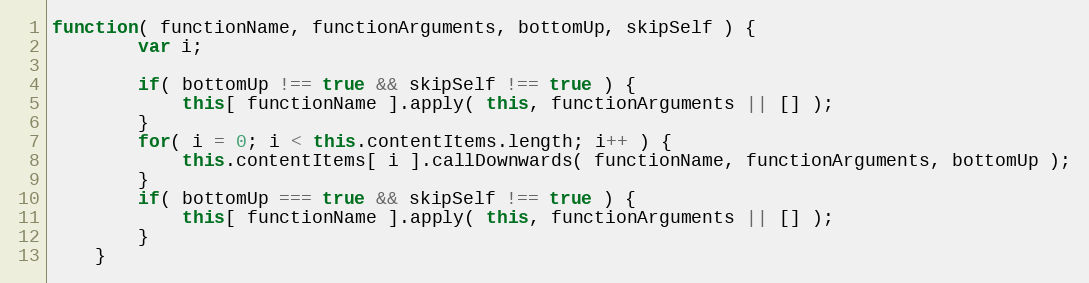
Language: JavaScript
function( functionName, functionArguments, bottomUp, skipSelf ) {
		var i;

		if( bottomUp !== true && skipSelf !== true ) {
			this[ functionName ].apply( this, functionArguments || [] );
		}
		for( i = 0; i < this.contentItems.length; i++ ) {
			this.contentItems[ i ].callDownwards( functionName, functionArguments, bottomUp );
		}
		if( bottomUp === true && skipSelf !== true ) {
			this[ functionName ].apply( this, functionArguments || [] );
		}
	}